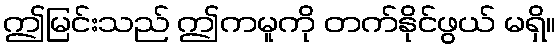
ဤမြင်းသည် ဤကမူကို တက်နိုင်ဖွယ် မရှိ။